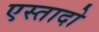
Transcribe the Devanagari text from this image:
एस्तादो